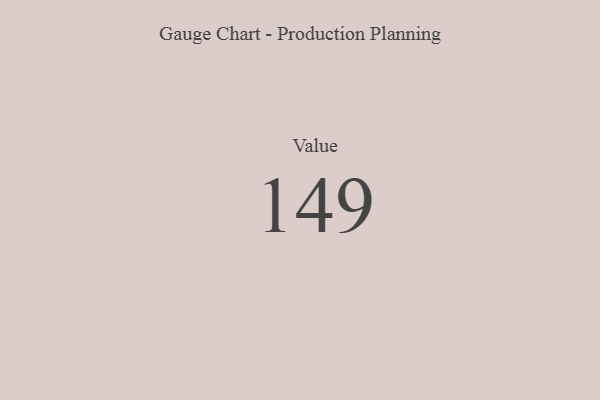
{"axis": {"x": "Metric", "y": "Value"}, "legend": [""], "data": [{"x": "Value", "y": 149, "type": ""}]}